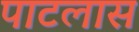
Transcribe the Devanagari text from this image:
पाटलास